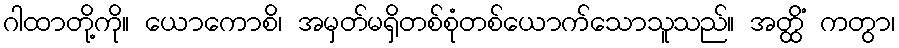
ဂါထာတို့ကို။ ယောကောစိ၊ အမှတ်မရှိတစ်စုံတစ်ယောက်သောသူသည်။ အတ္ထိံ ကတွာ၊